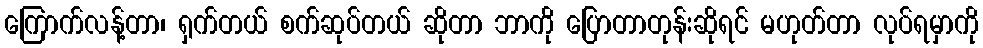
ကြောက်လန့်တာ၊ ရှက်တယ် စက်ဆုပ်တယ် ဆိုတာ ဘာကို ပြောတာတုန်းဆိုရင် မဟုတ်တာ လုပ်ရမှာကို